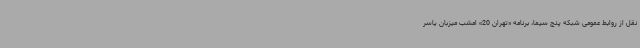
نقل از روابط عمومی شبکه پنج سیما، برنامه «تهران 20» امشب میزبان یاسر